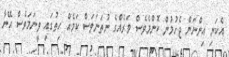
އެކަނި އިންނަން ޖެހުމުން ކޮންމެވެސް ވަރެއްގެ ނުތަނަވަސް ކަމެއް ހިތުގައި ވީނަމަވެސް އޭނާ